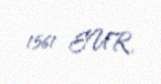
1561 EUR